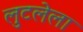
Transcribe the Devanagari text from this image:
लुटलेला